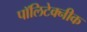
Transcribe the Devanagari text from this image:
पॉलिटेक्‍नीक